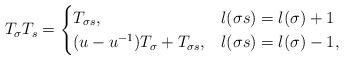
LaTeX: \begin{align*}T_\sigma T_s =\begin{cases}T_{\sigma s}, & l(\sigma s)=l(\sigma) +1\\(u-u^{-1})T_\sigma +T_{\sigma s}, & l(\sigma s)=l(\sigma)-1,\end{cases}\end{align*}